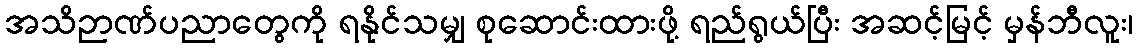
အသိဉာဏ်ပညာတွေကို ရနိုင်သမျှ စုဆောင်းထားဖို့ ရည်ရွယ်ပြီး အဆင့်မြင့် မှန်ဘီလူး၊